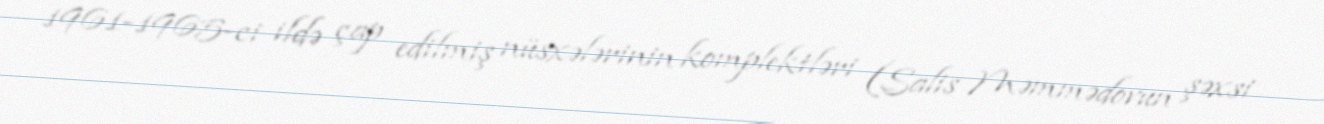
1961-1965-ci ildə çap edilmiş nüsxələrinin komplektləri (Salis Məmmədovun şəxsi